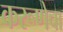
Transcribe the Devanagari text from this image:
करूणेचा